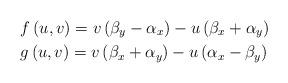
LaTeX: \begin{align*} & f\left( u,v \right)=v\left( {{\beta }_{y}}-{{\alpha }_{x}} \right)-u\left( {{\beta }_{x}}+{{\alpha }_{y}} \right) \\ & g\left( u,v \right)=v\left( {{\beta }_{x}}+{{\alpha }_{y}} \right)-u\left( {{\alpha }_{x}}-{{\beta }_{y}} \right) \end{align*}